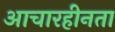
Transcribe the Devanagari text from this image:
आचारहीनता